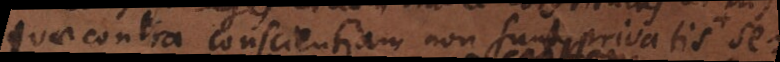
quae contra conscientiam nonsunt privatis